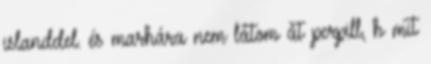
islanddel. és marhára nem látom át perpill, h mit